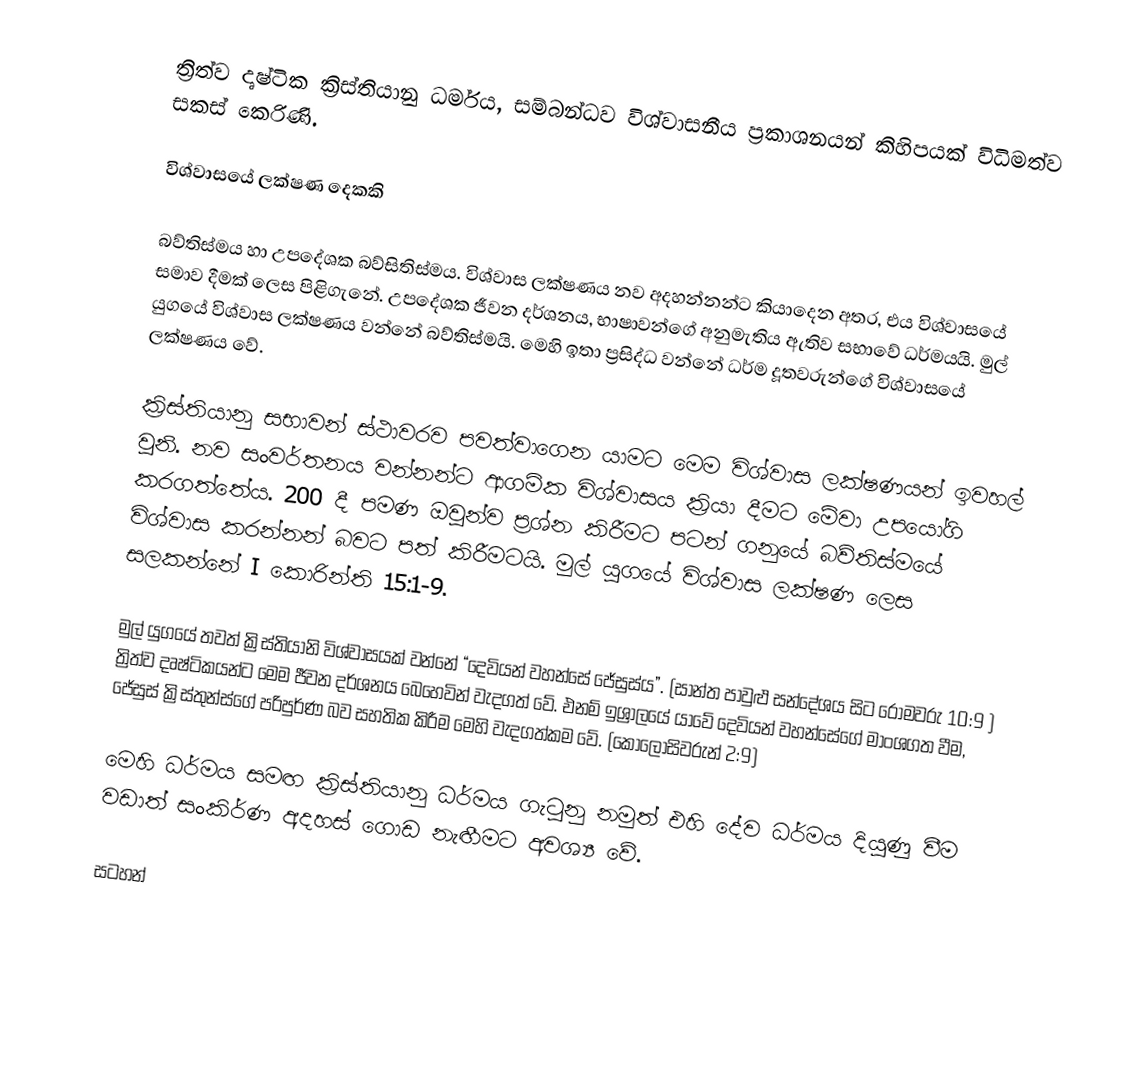
ත්‍රිත්ව දෘෂ්ටික ක්‍රිස්තියානු ධර්මය, සම්බන්ධව විශ්වාසනීය ප්‍රකාශනයන් කිහිපයක් විධිමත්ව සකස් කෙරිණි.

විශ්වාසයේ ලක්ෂණ දෙකකි

බව්තිස්මය හා උපදේශක බව්සිතිස්මය. විශ්වාස ලක්ෂණය නව අදහන්නන්ට කියා‍දෙන අතර, එය විශ්වාසයේ සමාව දීමක් ලෙස පිළිගැනේ. උපදේශක ජීවන දර්ශනය, භාෂාවන්ගේ අනුමැතිය ඇතිව සභාවේ ධර්මයයි. මුල් යුගයේ විශ්වාස ලක්ෂණය වන්නේ බව්තිස්මයි. මෙහි ඉතා ප්‍රසිද්ධ වන්නේ ධර්ම දූතවරුන්ගේ විශ්වාසයේ ලක්ෂණය වේ.

ක්‍රිස්තියානු සභාවන් ස්ථාවරව පවත්වාගෙන යාමට මෙම විශ්වාස ලක්ෂණයන් ඉවහල් වුනි. ‍නව සංවර්තනය වන්නන්ට ආගමික විශ්වාසය ක්‍රියා දීමට මේවා උපයෝගි කරගත්තේය. 200 දී පමණ ඔවුන්ව ප්‍රශ්න කිරීමට පටන් ගනුයේ බව්තිස්මයේ විශ්වාස කරන්නන් බවට පත් කිරීමටයි. මුල් යුගයේ විශ්වාස ලක්ෂණ ලෙස සලකන්නේ I කොරින්ති 15:1-9.

මුල් යුගයේ තවත් ක්‍රිස්තියානි විශ්වාසයක් වන්නේ “දෙවියන් වහන්සේ ජේසුස්ය”. (සාන්ත පාවුළු සන්දේශය සිට රෝමවරු 10:9 ) ත්‍රිත්ව දෘෂ්ටිකයන්ට මෙම ‍ජීවන දර්ශනය බෙහෙවින් වැදගත් වේ. එනම් ඉශ්‍රාලයේ යාවේ දෙවියන් වහන්සේගේ මාංශගත වීම, ජේසුස් ක්‍රිස්තුන්‍ස්ගේ පරිපුර්ණ බව සහතික කිරීම මෙහි වැදගත්කම වේ. (කොලොසිවරුන් 2:9)

මෙහි ධර්මය සමඟ ක්‍රිස්තියානු ධර්මය ගැටුනු නමුත් එහි දේව ධර්මය දියුණු වීම වඩාත් සංකිර්ණ අදහස් ගොඩ නැඟීමට අවශ්‍ය වේ.

සටහන්